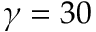
\gamma = 3 0